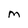
Character: m